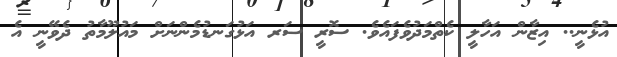
އުޅެނީ.. އިޒާން އަހާލީ ކެތްމަދުވެފައެވެ. ސޮރީ ސަރ އަޅުގަނޑުމެންނަށް މައުލޫމާތު ދެވޭނީ އެ